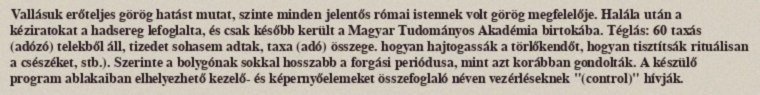
Vallásuk erőteljes görög hatást mutat, szinte minden jelentős római istennek volt görög megfelelője. Halála után a kéziratokat a hadsereg lefoglalta, és csak később került a Magyar Tudományos Akadémia birtokába. Téglás: 60 taxás (adózó) telekből áll, tizedet sohasem adtak, taxa (adó) összege. hogyan hajtogassák a törlőkendőt, hogyan tisztítsák rituálisan a csészéket, stb.). Szerinte a bolygónak sokkal hosszabb a forgási periódusa, mint azt korábban gondolták. A készülő program ablakaiban elhelyezhető kezelő- és képernyőelemeket összefoglaló néven vezérléseknek "(control)" hívják.